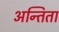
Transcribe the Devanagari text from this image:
अन्तिता